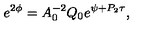
e ^ { 2 \phi } = A _ { 0 } ^ { - 2 } Q _ { 0 } e ^ { \psi + P _ { 2 } \tau } ,